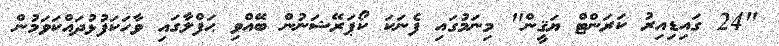
"24 ގައިޑިއިރު ކަރަންޓް ޔަޤީން" މިނަމުގައި ފެނަކަ ކޯޕަރޭޝަނުން ބޭއްވި ޙަފްލާގައި ވާހަކަފުޅުދައްކަވަމުން